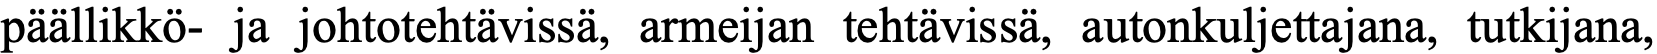
päällikkö- ja johtotehtävissä, armeijan tehtävissä, autonkuljettajana, tutkijana,